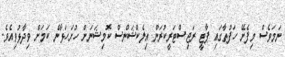
ނަމަވެސް މިފެށޭ ހަފުތާގައި ޕާޓީ ރަޖިސްޓަރީކުރަން އިލެކްޝަންސް ކޮމިޝަނަށް ހުށަހަޅާނެ ކަމަށް ވިދާޅުވިއެވެ.